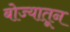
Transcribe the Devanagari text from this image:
बोज्यातून